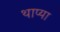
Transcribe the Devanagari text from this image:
थाप्या